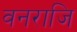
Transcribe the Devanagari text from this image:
वनराजि